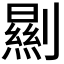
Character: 𠠁